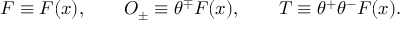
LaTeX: F \equiv F ( x ) , \qquad O _ { \pm } \equiv \theta ^ { \mp } F ( x ) , \qquad T \equiv \theta ^ { + } \theta ^ { - } F ( x ) .